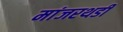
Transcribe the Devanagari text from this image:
मांजरथडी